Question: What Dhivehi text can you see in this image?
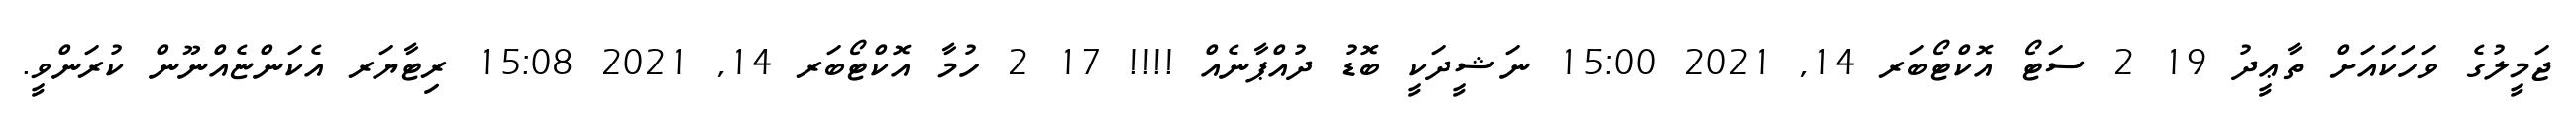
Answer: ޖަމީލުގެ ވަހަކައަށް ތާޢީދު 19 2 ސަޓޯ އޮކްޓޯބަރ 14, 2021 15:00 ނަޝީދަކީ ބޮޑު ދުއްޕާނެއް !!!! 17 2 ހުމާ އޮކްޓޯބަރ 14, 2021 15:08 ރިޓާޔަރ އެކަންޏެއްނޫން ކުރަންވީ.